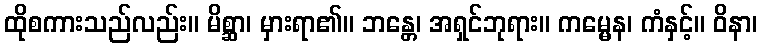
ထိုစကားသည်လည်း။ မိစ္ဆာ၊ မှားရာ၏။ ဘန္တေ၊ အရှင်ဘုရား။ ကမ္မေန၊ ကံနှင့်။ ဝိနာ၊